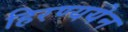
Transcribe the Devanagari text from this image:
हिरण्ययेन